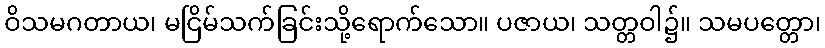
ဝိသမဂတာယ၊ မငြိမ်သက်ခြင်းသို့ရောက်သော။ ပဇာယ၊ သတ္တဝါ၌။ သမပတ္တော၊